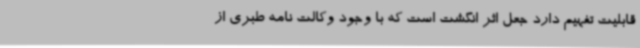
قابلیت تفهیم دارد جعل اثر انگشت است که با وجود وکالت نامه طبری از